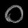
Digit: ၀